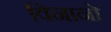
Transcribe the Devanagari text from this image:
विनानो